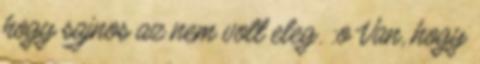
hogy sajnos az nem volt eleg. :o Van, hogy